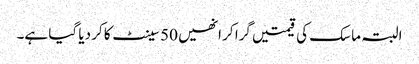
البتہ ماسک کی قیمتیں گرا کر انھیں 50 سینٹ کا کر دیا گیا ہے۔